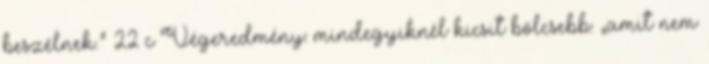
beszélnek.” 22 c Végeredmény: mindegyiknél kicsit bölcsebb: „amit nem